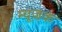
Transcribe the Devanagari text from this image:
म्यूज़क